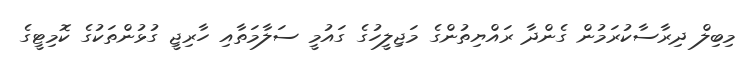
މިބިލް ދިރާސާކުރަމުން ގެންދާ ރައްޔިތުންގެ މަޖިލީހުގެ ގައުމީ ސަލާމަތާއި ހާރިޖީ ގުޅުންތަކުގެ ކޮމިޓީގެ